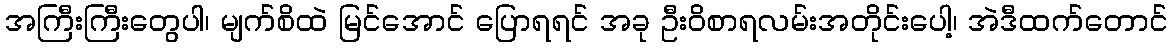
အကြီးကြီးတွေပါ၊ မျက်စိထဲ မြင်အောင် ပြောရရင် အခု ဦးဝိစာရလမ်းအတိုင်းပေါ့၊ အဲဒီထက်တောင်